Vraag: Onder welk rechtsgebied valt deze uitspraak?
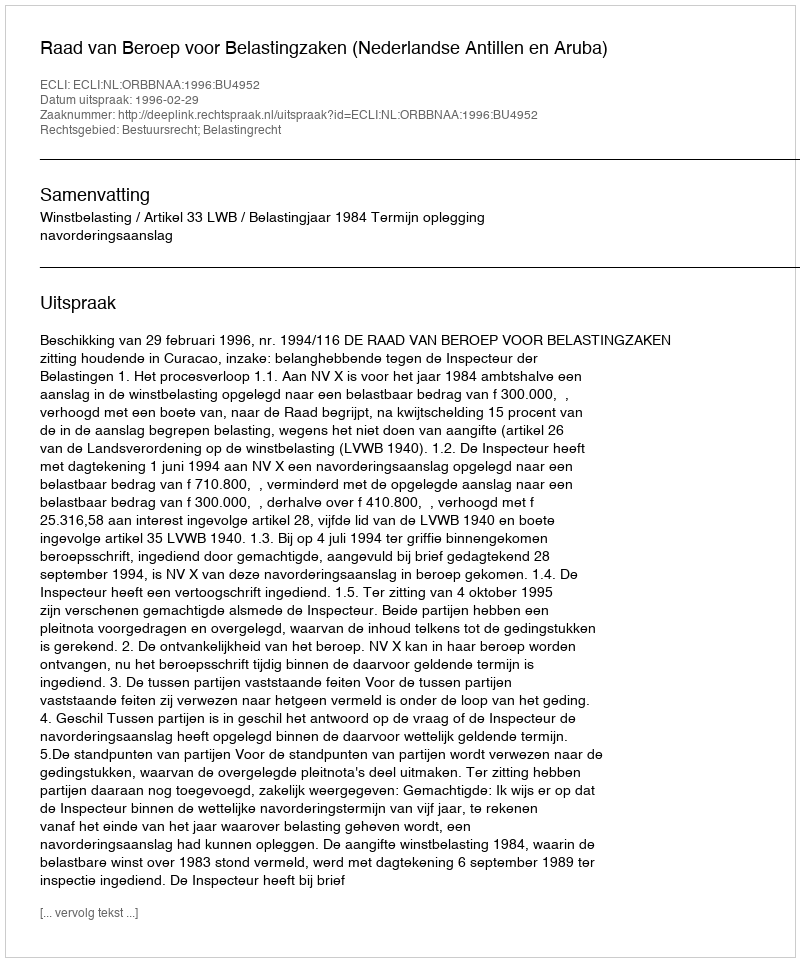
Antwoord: Bestuursrecht; Belastingrecht